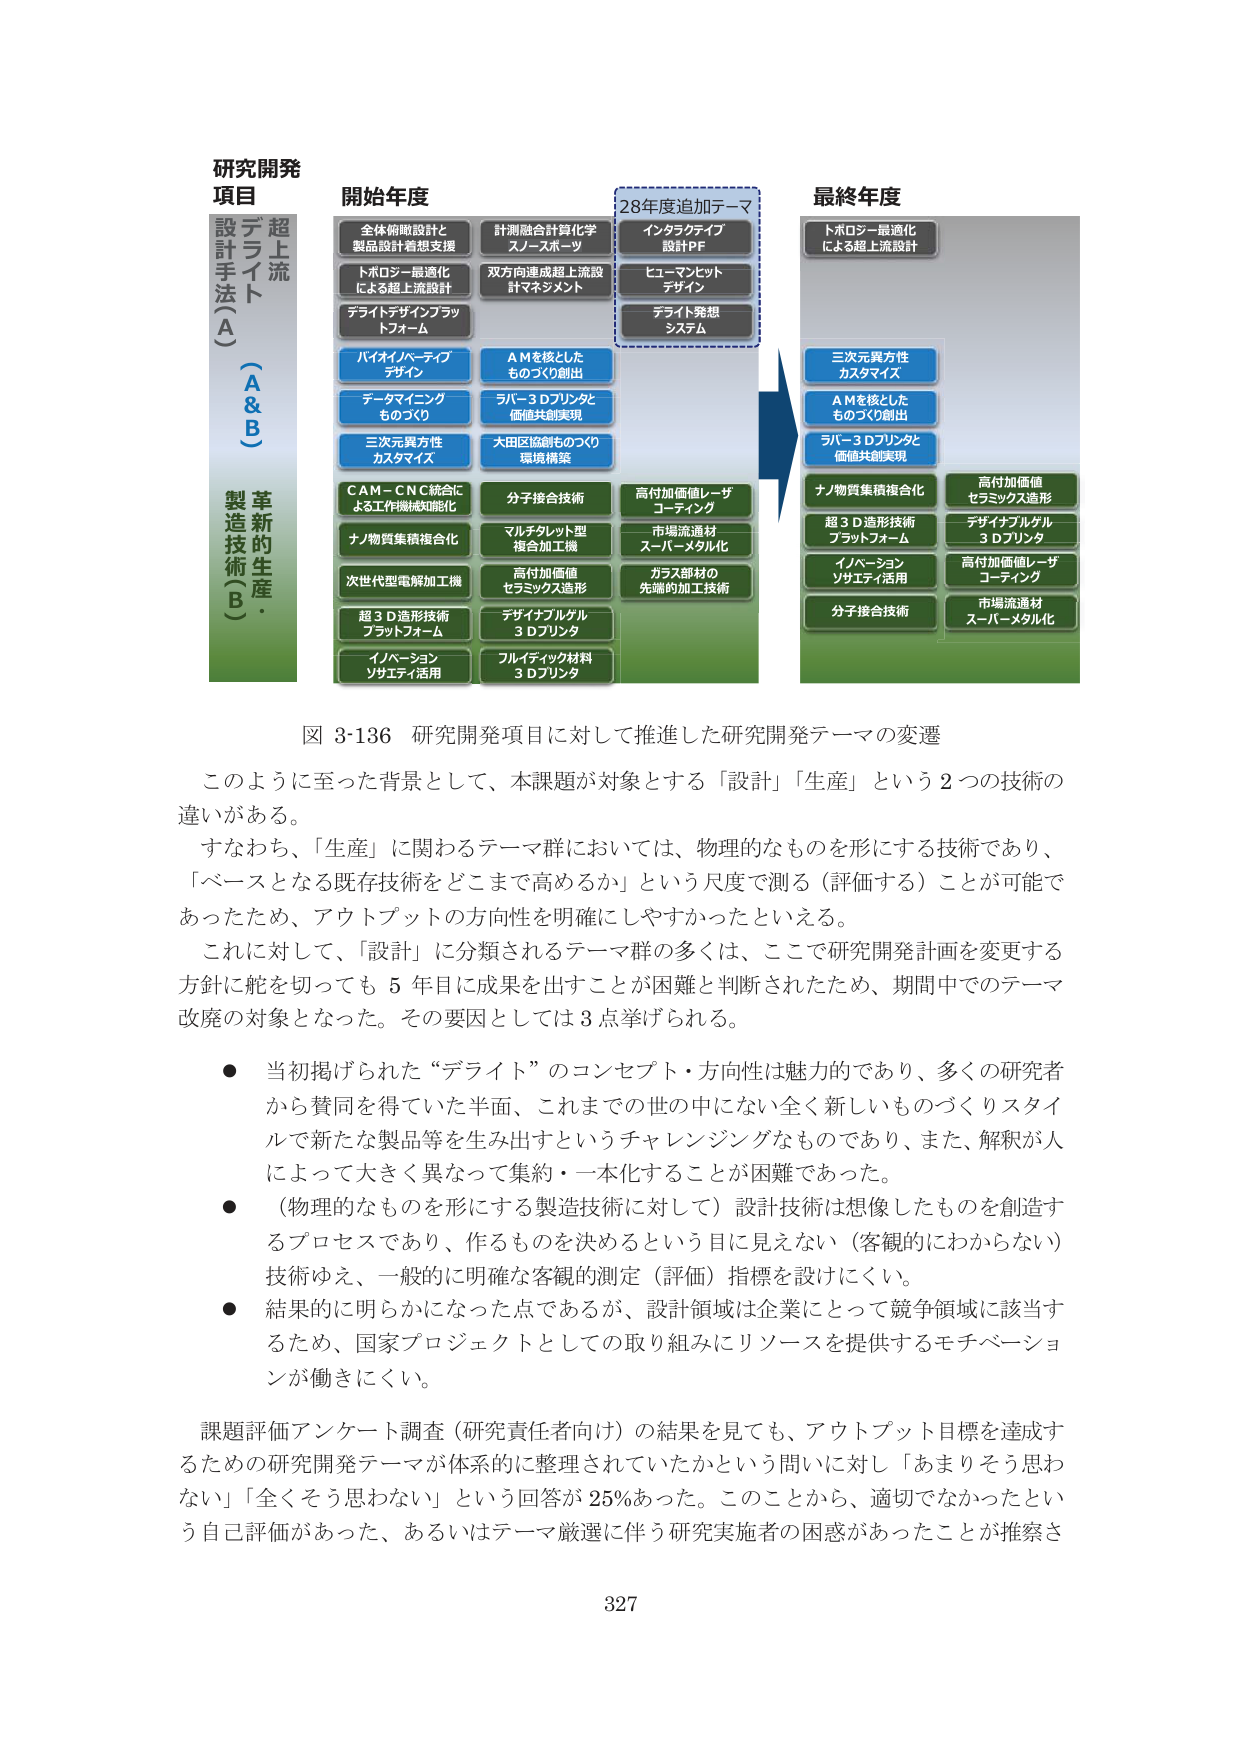
研究開発
項目

超上流
デライト
設計手法（A）
（A & B）
革新的生産・
製造技術（B）

開始年度

全体俯瞰設計と
製品設計着想支援

計測融合計算化学
スノースポーツ

トポロジー最適化
による超上流設計

双方向連成超上流設
計マネジメント

デライトデザインプラッ
トフォーム

バイオインパーキブ
デザイン

データマインニング
ものづくり

三次元異方性
カスタマイズ

C A M－C N C統合に
よる工作機械知能化

ナノ物質集積複合化

次世代型電解加工機

超３D造形技術
プラットフォーム

イノベーション
ソサエティ活用

A Mを核とした
ものづくり創出

ラバー３Dプリンタと
価値共創実現

大田区協創ものづくり
環境構築

分子接合技術

マルチタレット型
複合加工機

高付加価値
セラミックス造形

デザインブルケル
３Dプリンタ

フルイディック材料
３Dプリンタ

高付加価値レーザ
コーティング

市場流通材
スーパーメタル化

ガラス部材の
先端的加工技術

28年度追加テーマ

インタラクティブ
設計PF

ヒューマンセット
デザイン

デライト発想
システム

最終年度

トポロジー最適化
による超上流設計

三次元異方性
カスタマイズ

A Mを核とした
ものづくり創出

ラバー３Dプリンタと
価値共創実現

ナノ物質集積複合化

超３D造形技術
プラットフォーム

イノベーション
ソサエティ活用

分子接合技術

高付加価値
セラミックス造形

デザインブルケル
３Dプリンタ

高付加価値レーザ
コーティング

市場流通材
スーパーメタル化

図 3-136 研究開発項目に対して推進した研究開発テーマの変遷

このように至った背景として、本課題が対象とする「設計」「生産」という２つの技術の
違いがある。
すなわち、「生産」に関わるテーマ群においては、物理的なものを形にする技術であり、
「ベースとなる既存技術をどこまで高めるか」という尺度で測る（評価する）ことが可能で
あったため、アウトプットの方向性を明確にしやすかったといえる。
これに対して、「設計」に分類されるテーマ群の多くは、ここで研究開発計画を変更する
方針に舵を切っても５年目に成果を出すことが困難と判断されたため、期間中でのテーマ
改廃の対象となった。その要因としては３点挙げられる。

● 当初掲げられた“デライト”のコンセプト・方向性は魅力的であり、多くの研究者
から賛同を得ていた半面、これまでの世の中にない全く新しいものづくりスタイル
で新たな製品等を生み出すというチャレンジングなものであり、また、解釈が人
によって大きく異なって集約・一本化することが困難であった。

● （物理的なものを形にする製造技術に対して）設計技術は想像したものを創造す
るプロセスであり、作るもの決めるという目に見えない（客観的にわからない）
技術ゆえ、一般的に明確な客観的測定（評価）指標を設けにくい。

● 結果的に明らかになった点であるが、設計領域は企業にとって競争領域に該当す
るため、国家プロジェクトとしての取り組みにリソースを提供するモチベーショ
ンが働きにくい。

課題評価アンケート調査（研究責任者向け）の結果を見ても、アウトプット目標を達成す
るための研究開発テーマが体系的に整理されていたかという問いに対し「あまりそう思わ
ない」「全くそう思わない」という回答が25％あった。このことから、適切でなかったとい
う自己評価があった、あるいはテーマ厳選に伴う研究実施者の困惑があったことが推察さ

327